Leaving Certificate Examination (including Day School Certificate (Higher) General paper), 1928
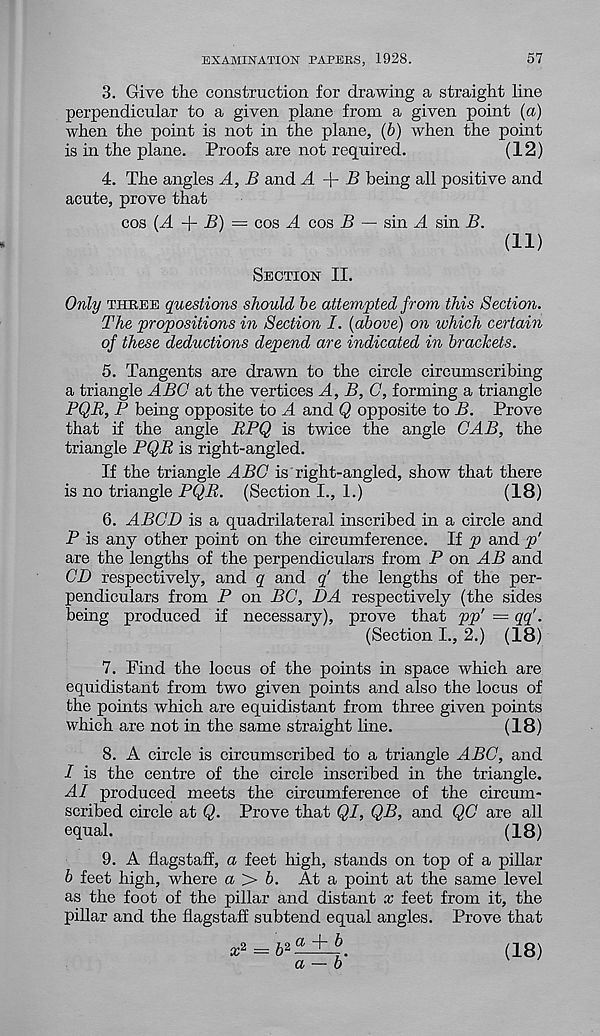
EXAMINATION PAPERS, 1928.
57
3. Give the construction for drawing a straight line
perpendicular to a given plane from a given point (a)
when the point is not in the plane, (b) when the point
is in the plane. Proofs are not required.
(12)
4. The angles A, B and A
B being all positive and
acute, prove that
cos (A
B) = cos A cos B — sin A sin B.
(ID
Section II.
Only three questions should be attempted from this Section.
The propositions in Section I. (above) on which certain
of these deductions depend are indicated in brackets.
5. Tangents are drawn to the circle circumscribing
a triangle ABG at the vertices A, B, G, forming a triangle
PQB, P being opposite to A and Q opposite to B. Prove
that if the angle BPQ is twice the angle GAB, the
triangle PQR is right-angled.
If the triangle ABG is right-angled, show that there
is no triangle PQR. (Section L, 1.)
(18)
6. ABGD is a quadrilateral inscribed in a circle and
P is any other point on the circumference. If p and p'
are the lengths of the perpendiculars from P on AB and
CD respectively, and q and q' the lengths of the per-
pendiculars from P on BC, I)A respectively (the sides
being produced if necessary), prove that pp' = qq'.
(Section L, 2.) (18)
7. Find the locus of the points in space which are
equidistant from two given points and also the locus of
the points which are equidistant from three given points
which are not in the same straight line.
(18)
8. A circle is circumscribed to a triangle ABG, and
I is the centre of the circle inscribed in the triangle.
A1 produced meets the circumference of the circum-
scribed circle at Q. Prove that QI, QB, and QG are all
equal.
(18)
9. A flagstaff, a feet high, stands on top of a pillar
b feet high, where a > b. At a point at the same level
as the foot of the pillar and distant x feet from it, the
pillar and the flagstaff subtend equal angles. Prove that
=
(18 )
CL
b